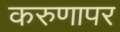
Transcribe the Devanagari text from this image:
करुणापर